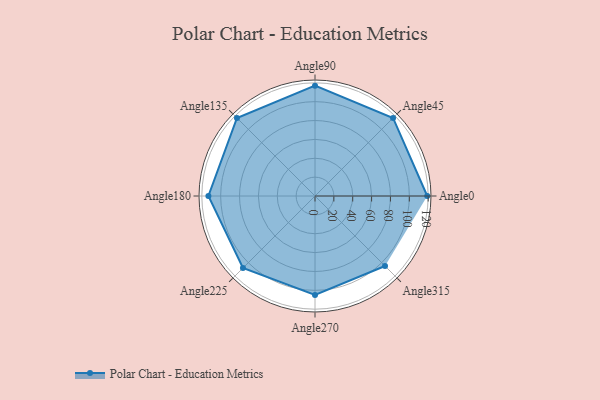
{"axis": {"x": "Angle", "y": "Radius"}, "legend": [""], "data": [{"x": "Angle0", "y": 119.0, "type": ""}, {"x": "Angle45", "y": 117.0, "type": ""}, {"x": "Angle90", "y": 117.0, "type": ""}, {"x": "Angle135", "y": 117.0, "type": ""}, {"x": "Angle180", "y": 113.0, "type": ""}, {"x": "Angle225", "y": 108.0, "type": ""}, {"x": "Angle270", "y": 105.0, "type": ""}, {"x": "Angle315", "y": 105.0, "type": ""}]}